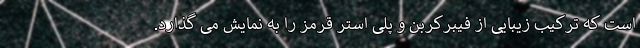
است که ترکیب زیبایی از فیبرکربن و پلی استر قرمز را به نمایش می گذارد.